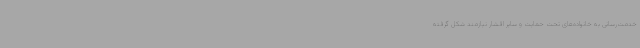
خدمت‌رسانی به خانواده‌های تحت حمایت و سایر اقشار نیازمند شکل گرفته